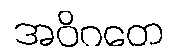
အဝိဂတေ